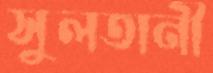
সুলতানী